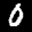
Label: 0